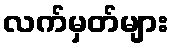
လက်မှတ်များ